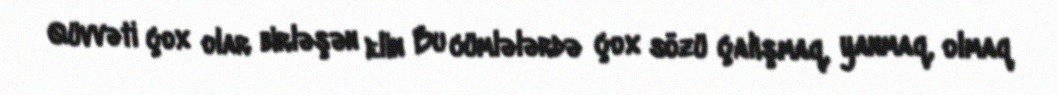
Qüvvəti çox olar birləşən elin Bu cümlələrdə çox sözü çalışmaq, yanmaq, olmaq